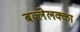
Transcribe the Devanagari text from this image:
बल्लेलक्का